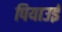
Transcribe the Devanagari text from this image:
पियाउई